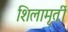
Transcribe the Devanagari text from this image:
शिलामृर्ती